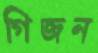
গিজন